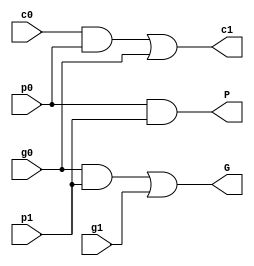
module carrylookahead_2bit
(
	/*input*/
	input wire p0,
	input wire p1,
	input wire g0,
	input wire g1,
	input wire c0,
	/*output*/
	output wire G,
	output wire P,
	output wire c1
);
	assign G = (g0 && p1) || g1;
	assign P =  p0 && p1;
	assign c1 = (c0 && p0) || g0; 
endmodule